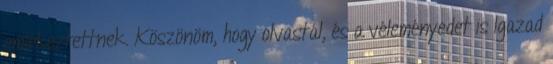
emlékeztettnek. Köszönöm, hogy olvastál, és a véleményedet is Igazad